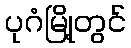
ပုဂံမြို့တွင်